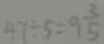
4 7 \div 5 = 9 \frac { 2 } { 5 }